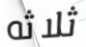
ثلاثه